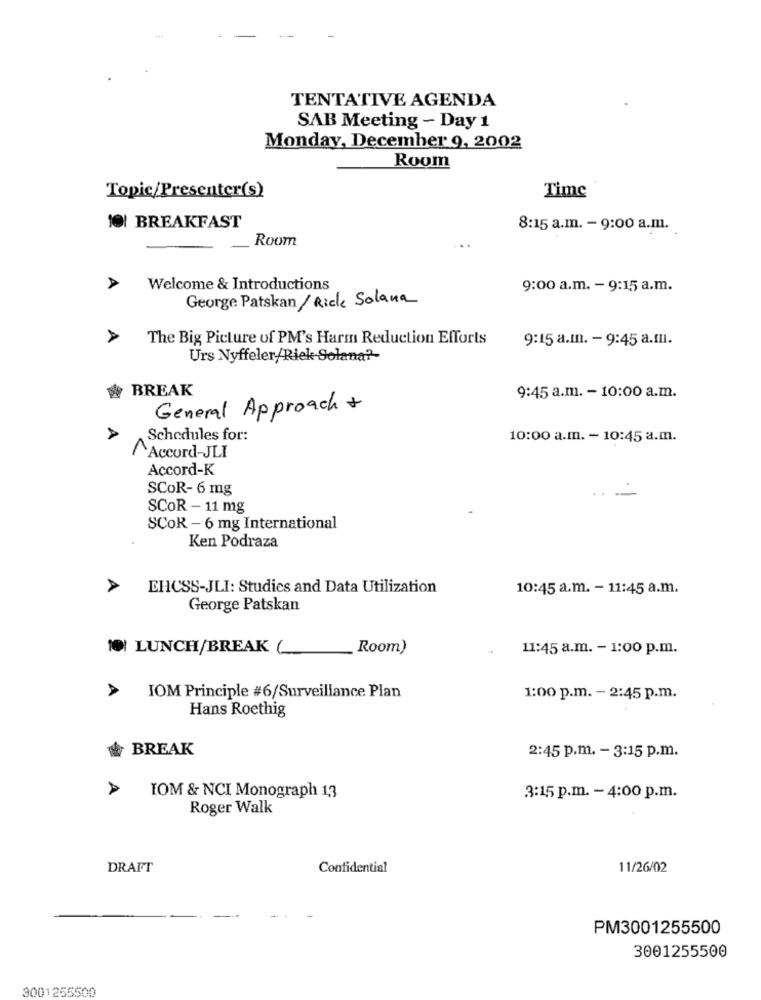
TENTATIVE AGENDA
SAB Meeting - Day 1
Monday, December 9, 2002
Room
Time
Topic/Presenter(s)
10! BREAKFAST
8:15 a.m. - 9:00 a.m.
Room
A
Welcome & Introductions
9:00 a.m. - 9:15 a.m.
George Patskan/ Rice Solana
A
The Big Picture of PM's Harm Reduction Efforts
9:15 a.In. - 9:45 a.II.
Urs Nyffeler/Riek Solana ?-
BREAK
9:45 a.m. - 10:00 a.m.
General Approach +
A
Schedules for:
10:00 a.m. - 10:45 a.m.
Accord-JLI
Accord-K
SCOR- 6 mg
..-
SCOR - 11 mg
SCOR - 6 mg International
Ken Podraza
EHCSS-JLI: Studies and Data Utilization
10:45 a.m. - 11:45 a.m.
George Patskan
LUNCH/BREAK(
Room)
11:45 a.m. - 1:00 p.m.
IOM Principle #6/Surveillance Plan
1:00 p.m. - 2:45 p.m.
Hans Roethig
BREAK
2:45 p.m. - 3:15 p.m.
A
IOM & NCI Monograph 13
3:15 p.m. - 4:00 p.m.
Roger Walk
DRAFT
Confidential
11/26/02
PM3001255500
3001255500
3001255500